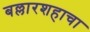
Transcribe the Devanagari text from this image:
बल्लारशहाचा